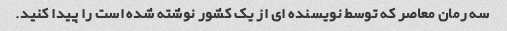
سه رمان معاصر که توسط نویسنده ای از یک کشور نوشته شده است را پیدا کنید.